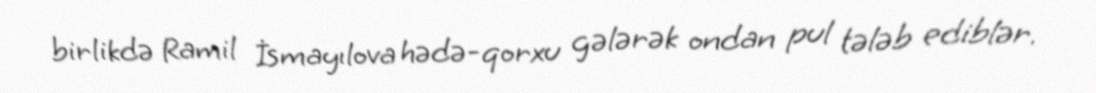
birlikdə Ramil İsmayılova hədə-qorxu gələrək ondan pul tələb ediblər.